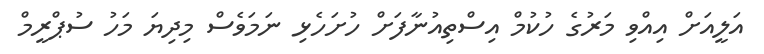
އަލީއަށް އިއްވި މަރުގެ ހުކުމް އިސްތިއުނާފަށް ހުށަހެޅި ނަމަވެސް މިދިޔަ މަހު ސުޕްރީމް